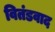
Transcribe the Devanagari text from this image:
वितंडवाद